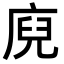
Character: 𭙢